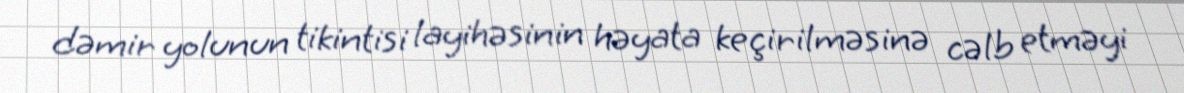
dəmir yolunun tikintisi layihəsinin həyata keçirilməsinə cəlb etməyi